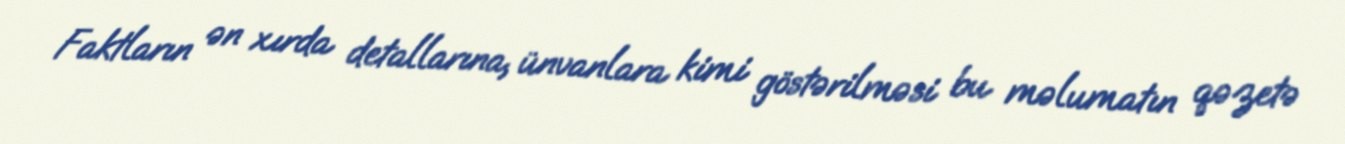
Faktların ən xırda detallarına, ünvanlara kimi göstərilməsi bu məlumatın qəzetə